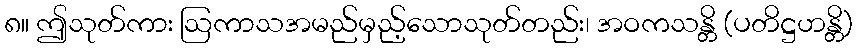
၈။ ဤသုတ်ကား ဩကာသအမည်မှည့်သောသုတ်တည်း၊ အဝကသန္တိ (ပတိဋ္ဌဟန္တိ)